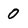
Character: 0